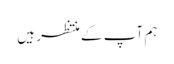
ہم آپ کے منتظر ہیں